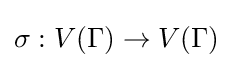
\sigma :V(\Gamma )\to V(\Gamma )